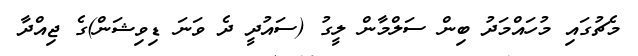
މެޗުގައި މުހައްމަދު ބިން ސަލްމާން ލީގު (ސައުދީ ދެ ވަނަ ޑިވިޝަން)ގެ ޖިއްދާ